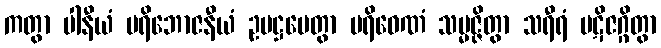
ကတွာ ပါနီယံ ပရိဘောဇနီယံ ဥပဋ္ဌပေတွာ ပရိဝေဏံ သမ္မဇ္ဇိတွာ သရီရံ ပဋိဇဂ္ဂိတွာ